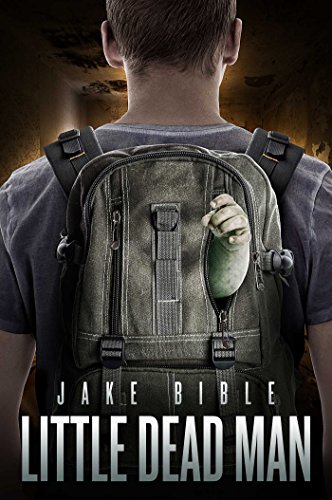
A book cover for Little Dead Man; Jake Bible; Science Fiction & Fantasy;